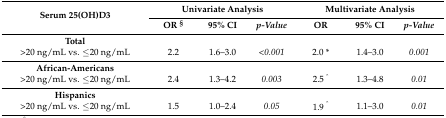
<table><thead><tr><td rowspan="2"><b>Serum 25(OH)D3</b></td><td colspan="3"><b>Univariate Analysis</b></td><td colspan="3"><b>Multivariate Analysis</b></td></tr><tr><td><b>OR <sup>§</sup></b></td><td><b>95% CI</b></td><td><b><i>p-Value</i></b></td><td><b>OR</b></td><td><b>95% CI</b></td><td><b><i>p-Value</i></b></td></tr></thead><tbody><tr><td><b>Total</b></td><td></td><td></td><td></td><td></td><td></td><td></td></tr><tr><td>&gt;20 ng/mL vs. ≤20 ng/mL</td><td>2.2</td><td>1.6–3.0</td><td><i>&lt;0.001</i></td><td>2.0 *</td><td>1.4–3.0</td><td><i>0.001</i></td></tr><tr><td><b>African-Americans</b></td><td></td><td></td><td></td><td></td><td></td><td></td></tr><tr><td>&gt;20 ng/mL vs. ≤20 ng/mL</td><td>2.4</td><td>1.3–4.2</td><td><i>0.003</i></td><td>2.5 <sup>^</sup></td><td>1.3–4.8</td><td><i>0.01</i></td></tr><tr><td><b>Hispanics</b></td><td></td><td></td><td></td><td></td><td></td><td></td></tr><tr><td>&gt;20 ng/mL vs. ≤20 ng/mL</td><td>1.5</td><td>1.0–2.4</td><td><i>0.05</i></td><td>1.9 <sup>^</sup></td><td>1.1–3.0</td><td><i>0.01</i></td></tr></tbody></table>